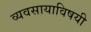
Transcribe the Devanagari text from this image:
व्यवसायाविषयी